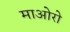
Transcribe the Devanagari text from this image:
माओरो